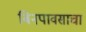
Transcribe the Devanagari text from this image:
बिनपावसाचा